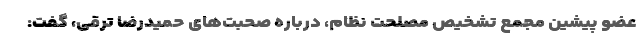
عضو پیشین مجمع تشخیص مصلحت نظام، درباره صحبت‌های حمیدرضا ترقی، گفت: